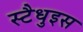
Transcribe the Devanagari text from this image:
स्टैधुइस